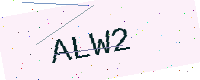
Text: ALW2